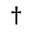
^ { \dagger }